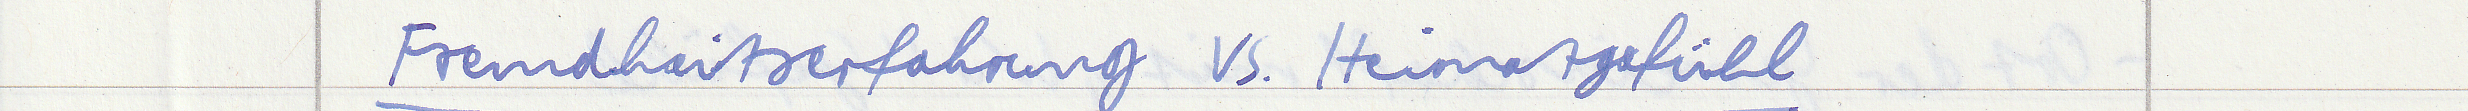
Fremdheitserfahrung vs. Heimatsgefühl